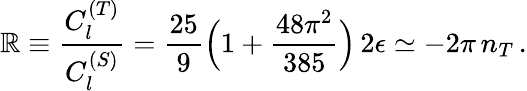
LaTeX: \mathbb{R}\equiv{\frac{{C_{l}^{(T)}}}{{C_{l}^{(S)}}}}={\frac{{25}}{{9}}}\Big(1+{\frac{{48\pi^{2}}}{{385}}}\Big)\, 2\epsilon\simeq-2\pi\, n_{T}\, .